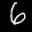
Label: 6